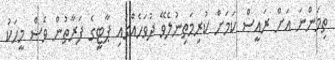
ތިމަންނަ އަށް ރައީސް ކަމަށް ކުރިމަތިނުލެވޭ ދުވަހެއްގައި ޕާޓީގެ ފަރާތުން ވެސް މީހަކު